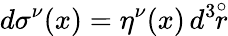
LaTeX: d\sigma^{\nu}(x)=\eta^{\nu}(x)\, d^{3}\! \! \stackrel{\circ}{r}